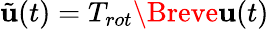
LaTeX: \tilde{\mathbf{u}}(t)=T_{rot}\Breve{\mathbf{u}}(t)